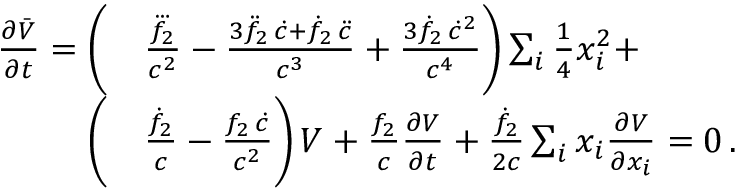
\begin{array} { r l } { \frac { \partial \bar { V } } { \partial t } = \bigg ( } & { \frac { \dddot { f _ { 2 } } } { c ^ { 2 } } - \frac { 3 \ddot { f } _ { 2 } \, \dot { c } + \dot { f } _ { 2 } \, \ddot { c } } { c ^ { 3 } } + \frac { 3 \dot { f } _ { 2 } \, \dot { c } ^ { 2 } } { c ^ { 4 } } \bigg ) \sum _ { i } { \textstyle \frac { 1 } { 4 } } x _ { i } ^ { 2 } + } \\ { \bigg ( } & { \frac { \dot { f } _ { 2 } } { c } - \frac { f _ { 2 } \, \dot { c } } { c ^ { 2 } } \bigg ) \, V + \frac { f _ { 2 } } { c } \frac { \partial V } { \partial t } + \frac { \dot { f } _ { 2 } } { 2 c } \sum _ { i } x _ { i } \frac { \partial V } { \partial x _ { i } } = 0 \, . } \end{array}